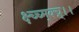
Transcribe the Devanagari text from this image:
क्ष्च्च्म्क्च्न्।।